system: You are a helpful assistant.
user:
Analyze the provided spectrum to determine if it is a **S-type Star**.

- **Key Indicators for S-type Star:**

    - **(Overall Spectrum Shape):** The first and most obvious characteristic is the overall continuum (the "baseline" shape). It is **extremely "red-sloping,"** meaning the flux (light intensity) is very low on the left side (blue, ~4000-4500 Å) and rises steeply and continuously toward the right side (red, ~7000 Å+).

    - **(Primary):** The spectrum is defined by the presence of strong, broad molecular absorption "valleys" (bands) from **Zirconium Oxide (ZrO)**. The identification of these bands is the **primary requirement** for classifying a star as S-type.
        - **(Key Bandheads):** You must find distinct, deep "dips" where the light has been absorbed. The most critical band systems to locate are:
            - **~6474 Å** ($\gamma$-system): This is often the strongest and clearest ZrO feature, found in the red part of the spectrum.
            - **~5718 Å** & **~5551 Å** ($\beta$-system): A pair of prominent absorption features in the yellow-orange part of the spectrum.
            - **~4640 Å** ($\alpha$-system): A key absorption band system in the blue-green region of the spectrum.

    - **(Secondary Confirmation):** The classification is strengthened by finding additional absorption bands from other related heavy element oxides, which are expected to be present alongside ZrO.
        - **(Key Bandheads):**
            - **Yttrium Oxide (YO):** Look for absorption dips near **~4800 Å** and **~6100 Å**.
            - **Lanthanum Oxide (LaO):** Additional absorption features, particularly in the red-orange part of the spectrum, are also characteristic.

    - **(Line Profile):** The combination of the steep red continuum and these numerous, deep molecular bands (ZrO, YO, etc.) gives the entire spectrum a very **"chopped-up"** or **"bumpy"** appearance. Instead of a smooth curve, the spectrum looks as though large, wide chunks of light have been "carved out" of it at the specific wavelengths listed above.

Think first, call **spectral_visualization_tool** if needed to examine features in detail, then provide your final answer. Your response must adhere to the following strict rules:
1.  **Overall Structure:** Your response must follow the format `<think>...</think> <tool_call>...</tool_call> (if a tool is used) <answer>...</answer>`.
2.  **Tool Usage Constraint:** You may only make **one** tool call per turn.
3.  **Final Answer Format:** In the `<answer>` tag, your conclusion must be inside a `\boxed{}` command (e.g., `\boxed{YES}` or `\boxed{NO}`), followed by your justification.

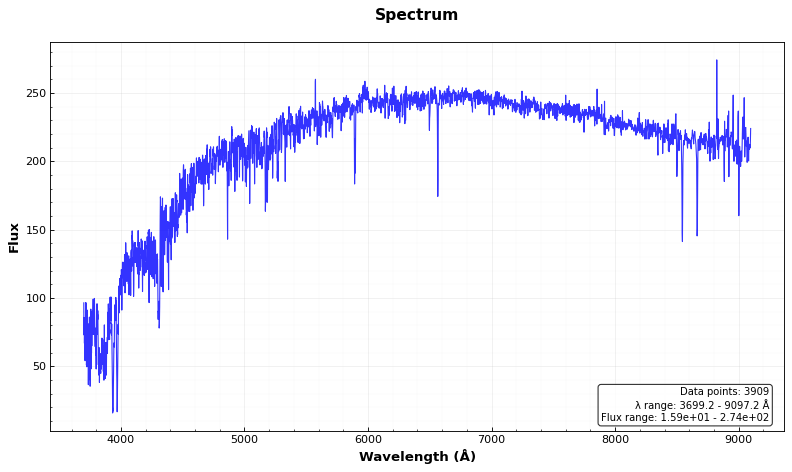
Answer: NO